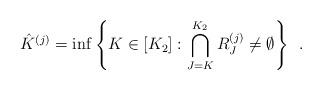
LaTeX: \begin{align*}\hat{K}^{(j)}=\inf\left\{K\in[K_2]: \bigcap_{J=K}^{K_2}R_J^{(j)}\ne \emptyset\right\}\enspace.\end{align*}